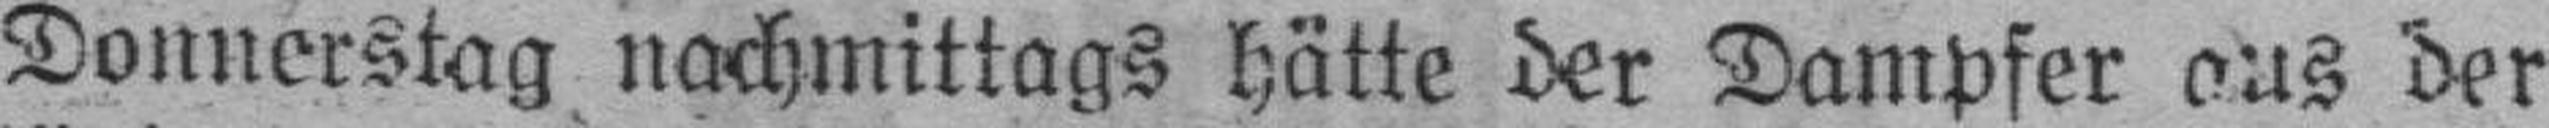
Donnerstag nachmittags hätte der Dampfer aus der